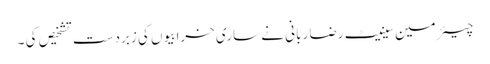
چیئرمین سینیٹ رضا ربانی نے ساری خرابیوں کی زبردست تشخیص کی ۔